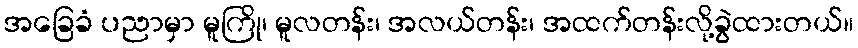
အခြေခံ ပညာမှာ မူကြို၊ မူလတန်း၊ အလယ်တန်း၊ အထက်တန်းလို့ခွဲထားတယ်။